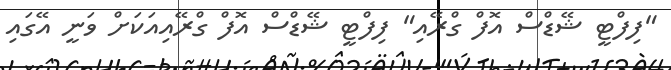
"ފިފްޓީ ޝޭޑްސް އޮފް ގްރޭއި" ފިފްޓީ ޝޭޑްސް އޮފް ގްރޭއިއަކަށް ވަނީ އޭގައި